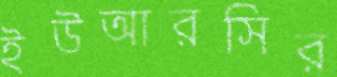
ইউআরসির